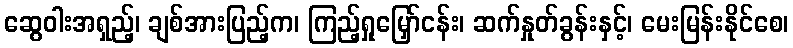
ဆွေဝါးအရှည့်၊ ချစ်အားပြည့်က၊ ကြည့်ရှုမြှော်ငန်း၊ ဆက်နှုတ်ခွန်းနှင့်၊ မေးမြန်းနိုင်စေ၊